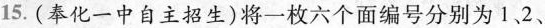
15.(奉化一中自主招生)将一枚六个面编号分别为1、2、